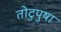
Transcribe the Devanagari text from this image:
तोटुपुषा